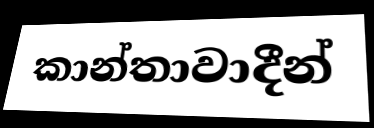
කාන්තාවාදීන්